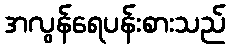
အလွန်ရေပန်းစားသည်